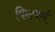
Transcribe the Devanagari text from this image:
फिटबर्ग